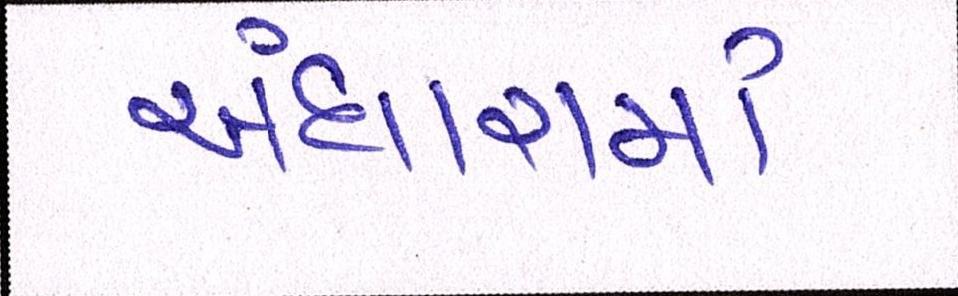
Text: અંધારામાં